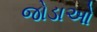
જોડાઓ